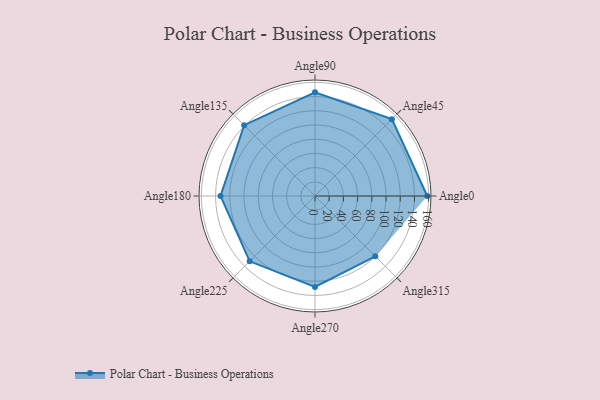
{"axis": {"x": "Angle", "y": "Radius"}, "legend": [""], "data": [{"x": "Angle0", "y": 158.0, "type": ""}, {"x": "Angle45", "y": 153.0, "type": ""}, {"x": "Angle90", "y": 146.0, "type": ""}, {"x": "Angle135", "y": 141.0, "type": ""}, {"x": "Angle180", "y": 133.0, "type": ""}, {"x": "Angle225", "y": 130.0, "type": ""}, {"x": "Angle270", "y": 128.0, "type": ""}, {"x": "Angle315", "y": 120.0, "type": ""}]}